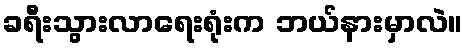
ခရီးသွားလာရေးရုံးက ဘယ်နားမှာလဲ။